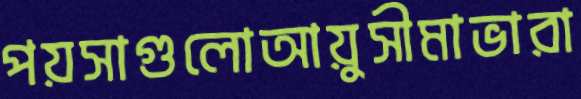
পয়সাগুলোআয়ুসীমাভারা